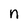
Character: n